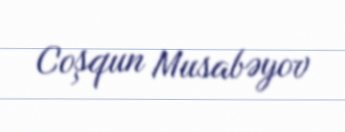
Coşqun Musabəyov